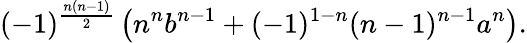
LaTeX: (-1)^{\frac{n(n-1)}{2}}\left(n^{n}b^{n-1}+(-1)^{1-n}(n-1)^{n-1}a^{n}\right).